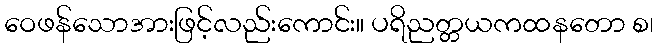
ဝေဖန်သောအားဖြင့်လည်းကောင်း။ ပရိညတ္တယကထနတော စ၊